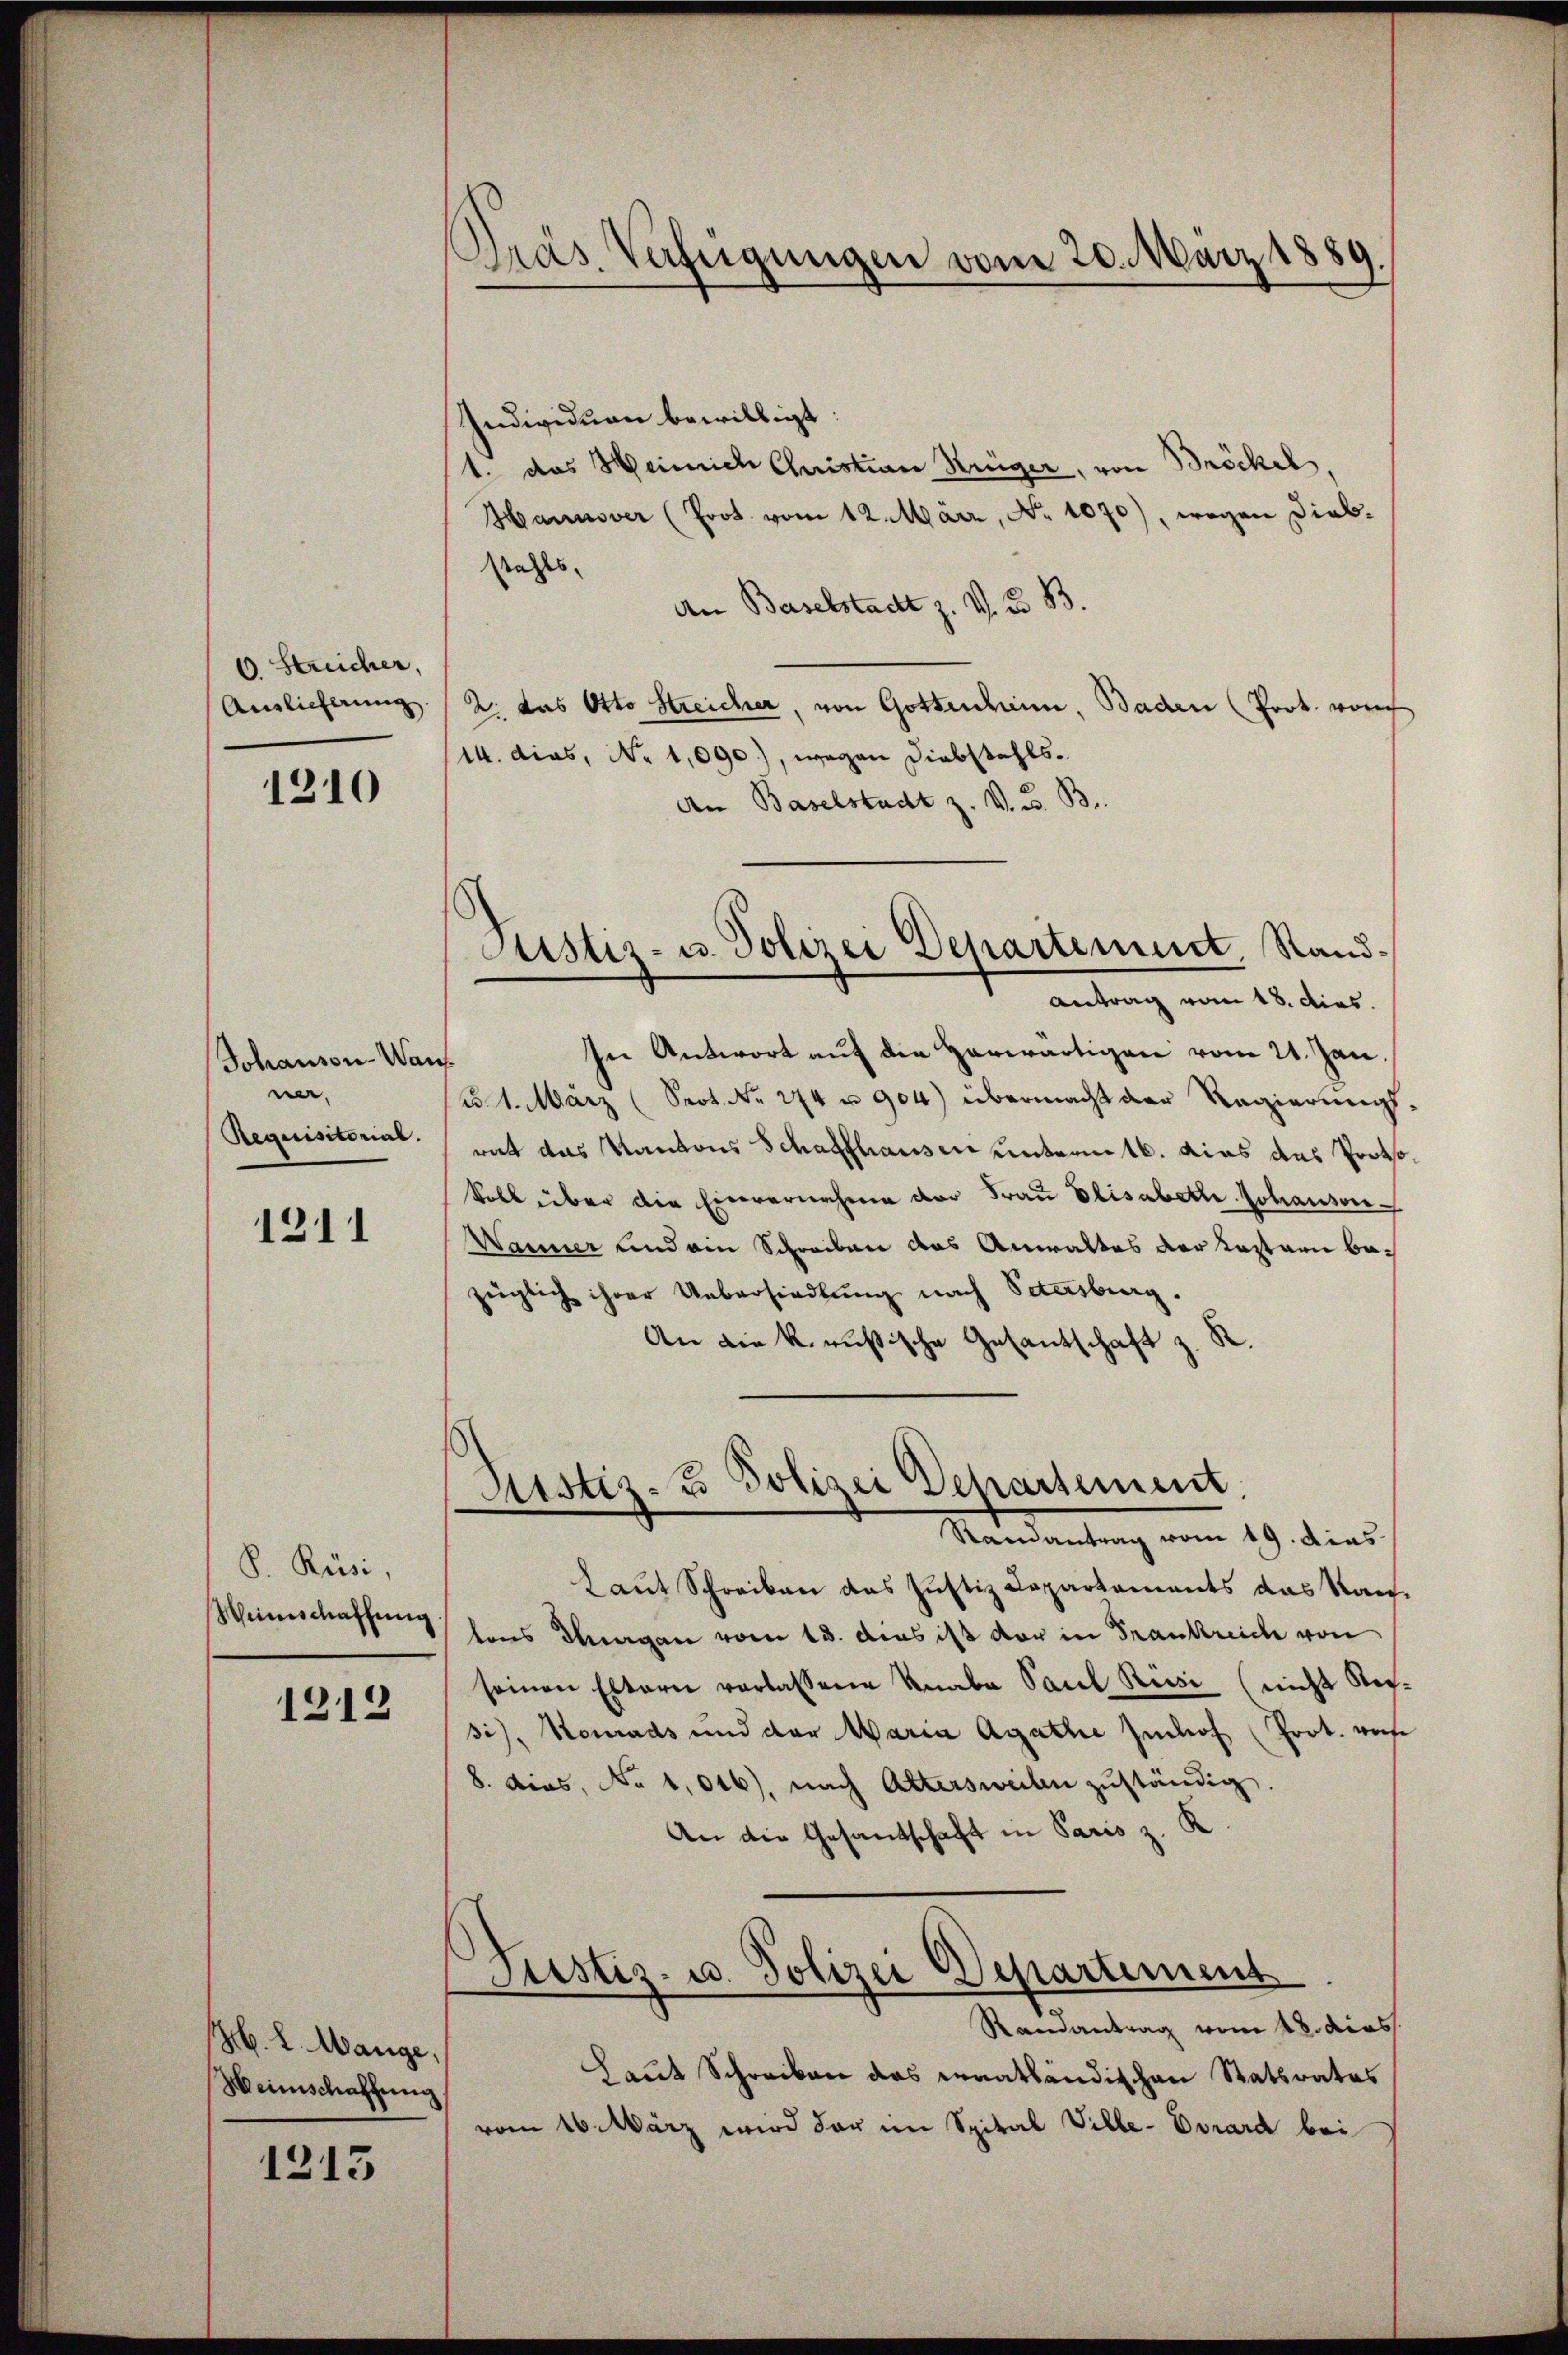
6 Streicher,
Ainlicherung.

1210

Johanson-Wan
ner.
Requisitorial.

1211

S. Rüsi,
Weinschaffung

1212

H. L. Wange,
Weinschaffung

1213

Pras. Verfügungen vom 20. März 1889
.

Pustiz- u. Polizei Departement. Stand.
Antrag vom 18. dies

Individuan bewilligt.
1. das Heinrich Christian Krüger, von Bröckel,
Hannover (Prot. vom 12. März, No 1070), wegen Diebstahls,
An Baselstadt z. V. B. B.
2. das Otto Streicher, von Gottenheim, Baden (Prot. von
14. dies, No 1,090), wegen Diebstahls¬
An Baselstadt z. V. u. B
In Antwort auf die Herwärtigen vom 21. Jan.
t
B. 1. März (Spot. No. 274 u 904) übermacht der Regierungsrat das Kantons Schaffhausen unterm 16. das das Protokoll über die Einvernahme der Frau Elisabette Johansver
Wanner und am Schreiben das Anwaltes der Kastarii bezüglich ihrer Uebersiedlung nach Petersburg.
An die k. russische Gesantschaft z. R.
Justiz- & Polizei Departement
Mandantung vom 19. dies
Laut Schreiben das Justiz Capartaments das Kantons Thurgau vom 13. das ist der in Frankreich von
seinen Eltern verlassene Knabe Paul Russi (nicht Sepsi), Konrads und der Maria Agathe Zihof (Prot. wose
8. dies, No 1,046), nach Altersweilen zuständig.
An die Gesantschaft in Paris z. K
Justiz- u. Polizei Departement
Ramantrag vom 28. dies
Laut Schreiben das errathändischen Statsrates
vom 16. März wird der im Spital Ville-Dvrard bei